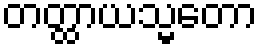
တတ္ထာယသ္မတော